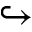
\hookrightarrow